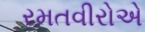
રમતવીરોએ